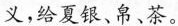
义，给夏银、帛、茶。